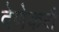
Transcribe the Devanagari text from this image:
देणेकरी